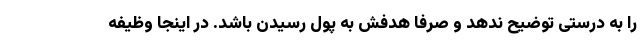
را به درستی توضیح ندهد و صرفا هدفش به پول رسیدن باشد. در اینجا وظیفه